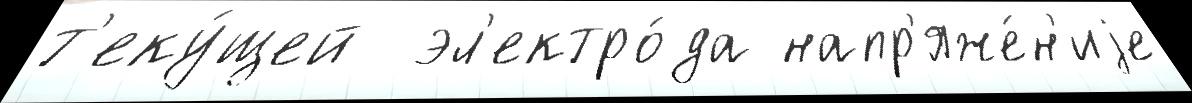
т'еку́щей  эл'ектро́да напр'яже́н'иjе